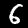
Label: 6